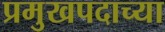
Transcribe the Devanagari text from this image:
प्रमुखपदाच्या